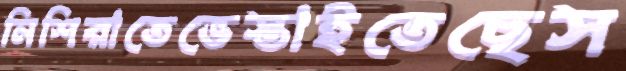
নিশিরাতেভেস্তাইতেছেস